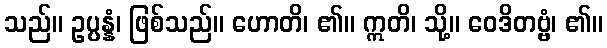
သည်။ ဥပ္ပန္နံ၊ ဖြစ်သည်။ ဟောတိ၊ ၏။ ဣတိ၊ သို့။ ဝေဒိတဗ္ဗံ၊ ၏။